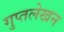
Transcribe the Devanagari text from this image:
गुप्तलेखन